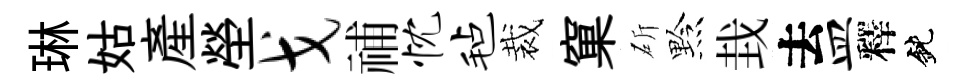
琳姑産塋戈𥙷忱毡裁窠斫黔㘽去皿釋鈍